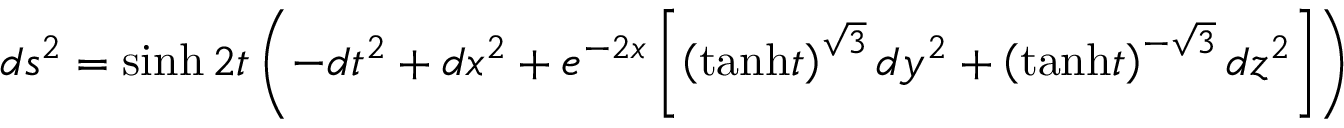
d s ^ { 2 } = \sinh 2 t \left( - d t ^ { 2 } + d x ^ { 2 } + e ^ { - 2 x } \left[ \left( \mathrm { t a n h } t \right) ^ { \sqrt { 3 } } d y ^ { 2 } + \left( \mathrm { t a n h } t \right) ^ { - \sqrt { 3 } } d z ^ { 2 } \right] \right)